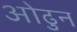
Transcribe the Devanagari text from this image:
ओढुन